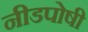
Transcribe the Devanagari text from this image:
नीडपोषी